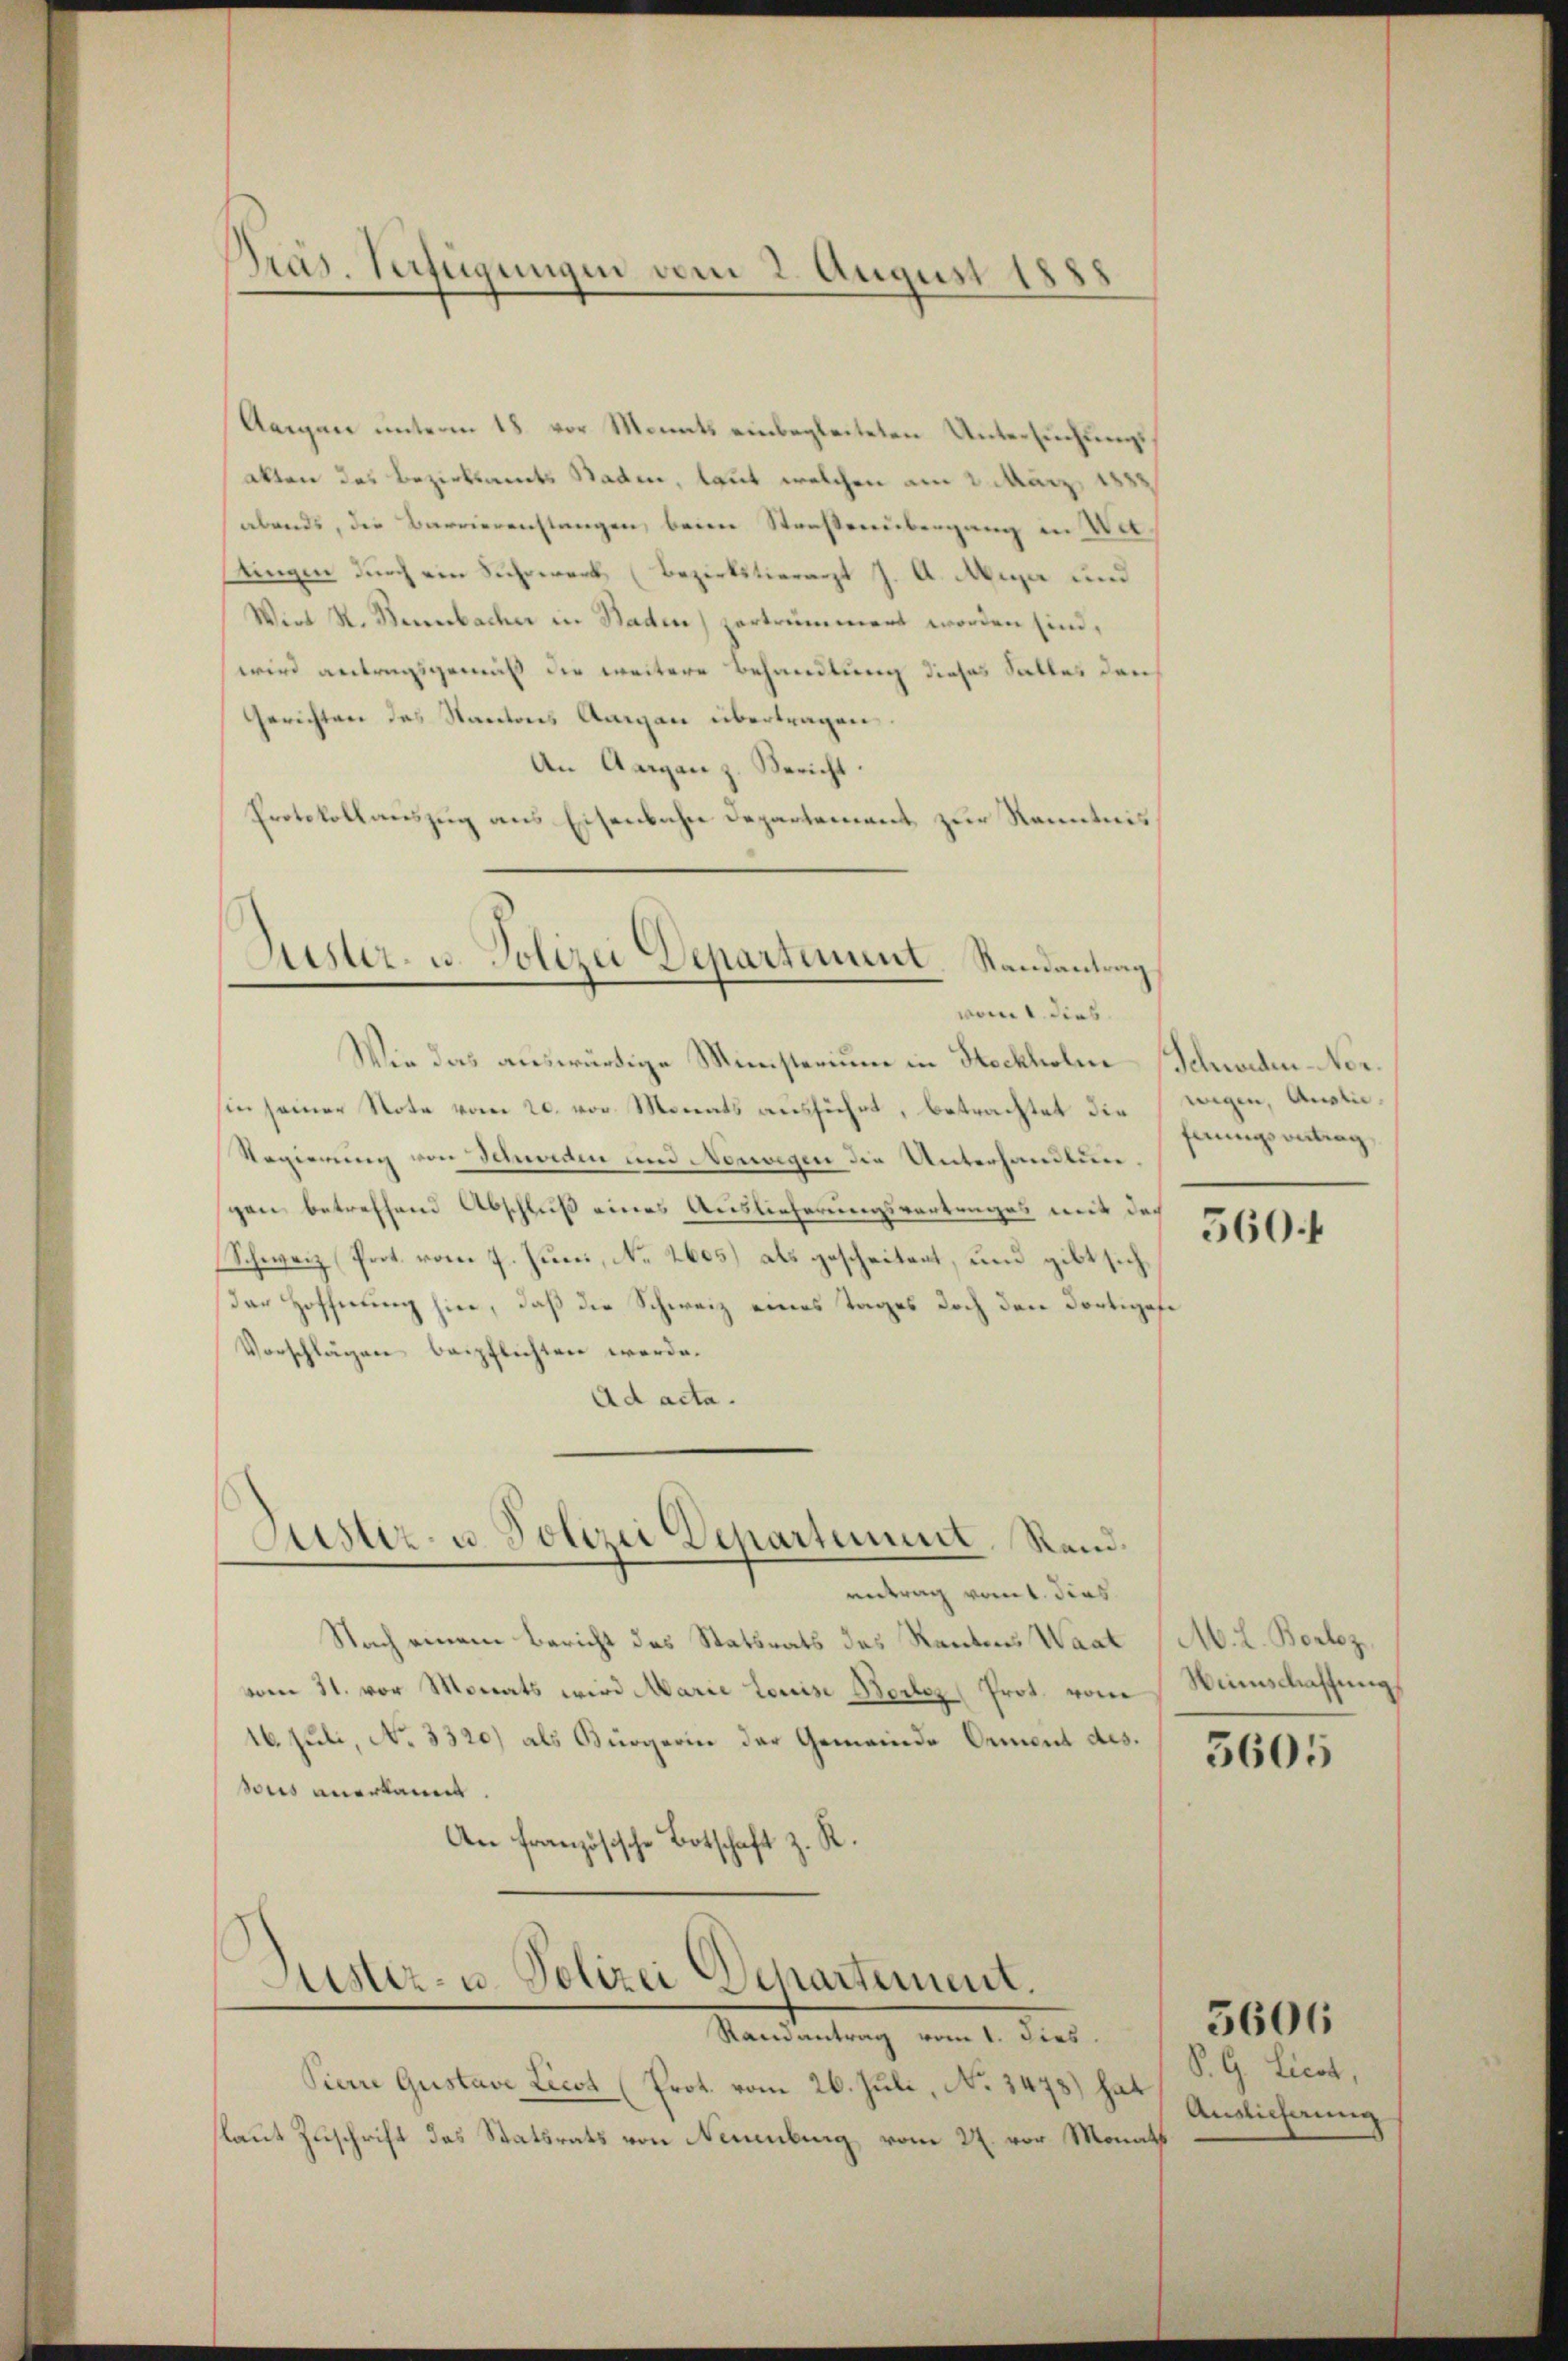
Pras. Verfügungen vom 2. August 188
.

Aeigen unterm 18. vor Monats einbegleiteten Untersuchungsakten des Bezirksamts Staden, laut welchen am 2. März
abends, die Barrierenstangen, beim Straßenübergang in Uetstingen durch ein Suhrwerk, (Bezirkstierarzt J. A. Aeger und
Wirt R. Bernbacher in Baden, zertrümmert worden sind,
wird antragsgemäß der weitere Behandlung dieses Salles den
Gerichten des Nantons Aargau übertragen.
An Aargau z. Bericht.
Protokollauszug aus Eisenbahn Departement zur Kenntnis

Puster, u. Polizei Departement. Randantrag
vom 1. dies

Astiz- u. Polizei Departement. Rand.

Lister- u. Polizei Departement.

Wie das auswürdige Ministerium in Stockholne Schweden-Norsin seiner Note vom 20. von Morats ausführt, betrachtet die
Regierung von Schweden und Norwegen die Unterhandlungen betreffend Abschluß eines Auslieferungsvortrages mit der
Schweiz. Prot. vom 7. Juni, No. 2605) als gescheitent, und gibt sich
der Hoffnung hier, daß die Schweiz eines Tages doch den dortigese
Vorschlägen beipflichten werde.
Ad acta.

entrag vom 1. dies
Nach einem Bericht des Statsrats des Rantons Waat
vom 11. vor Monats wird Marie Louise Borlez Prot. vom Winnschaffung
16. Juli, No 3320) als Bürgerin der Gemeinde Ormont des
sous anerkannt.
An Französische Botschaft z. R.

Randantrag vom 1. Dies
Pierre Gustave Licot (Prot. vom 26. Juli, No 3478) hat
saut Zuschrift des Statsrats von Neuenburg vom 27. vor Monath

wigen, Auslie
fnungsantrag

560 f

M. l. Borloz,

5605

S. G. Licot,
Auslieferung

5606